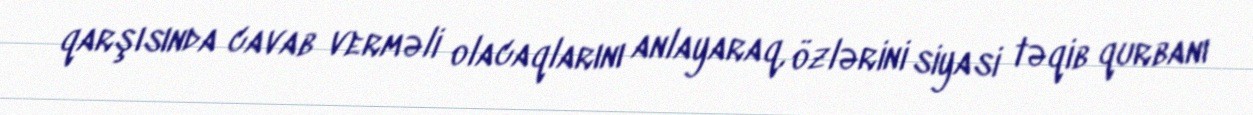
qarşısında cavab verməli olacaqlarını anlayaraq, özlərini siyasi təqib qurbanı